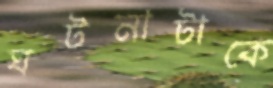
ঘটনাটাকে